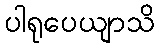
ပါရုပေယျာသိ